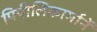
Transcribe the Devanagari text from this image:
पिपीलिकार्मानें